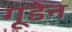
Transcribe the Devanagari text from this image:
गूडेन